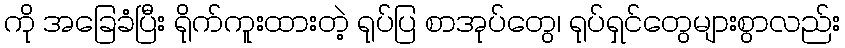
ကို အခြေခံပြီး ရိုက်ကူးထားတဲ့ ရုပ်ပြ စာအုပ်တွေ၊ ရုပ်ရှင်တွေများစွာလည်း